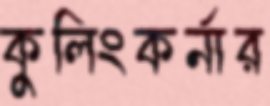
কুলিংকর্নার